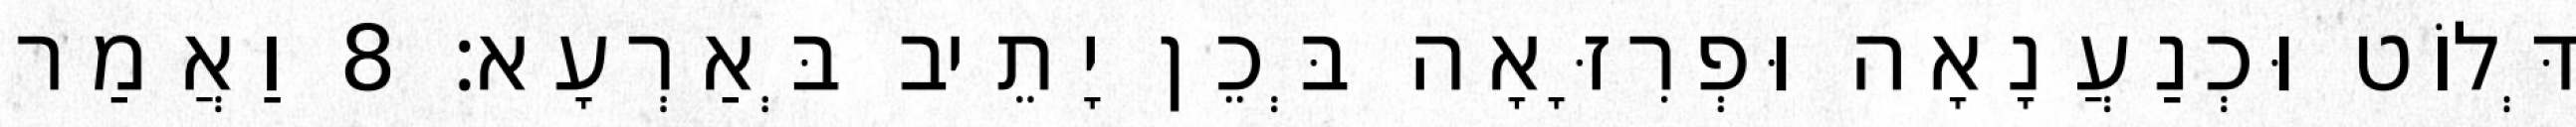
דְּלוֹט וּכְנַעֲנָאָה וּפְרִזָּאָה בְּכֵן יָתֵיב בְּאַרְעָא׃ 8 וַאֲמַר